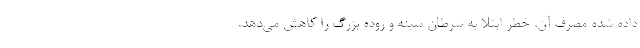
داده شده مصرف آن، خطر ابتلا به سرطان سینه و روده بزرگ را کاهش می‌دهد.